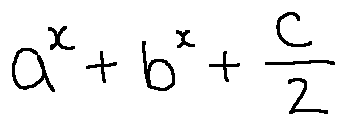
a ^ { x } + b ^ { x } + \frac { c } { 2 }